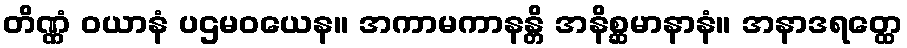
တိဏ္ဏံ ဝယာနံ ပဌမဝယေန။ အကာမကာနန္တိ အနိစ္ဆမာနာနံ။ အနာဒရတ္ထေ